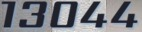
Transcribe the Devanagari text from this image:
१३०४४